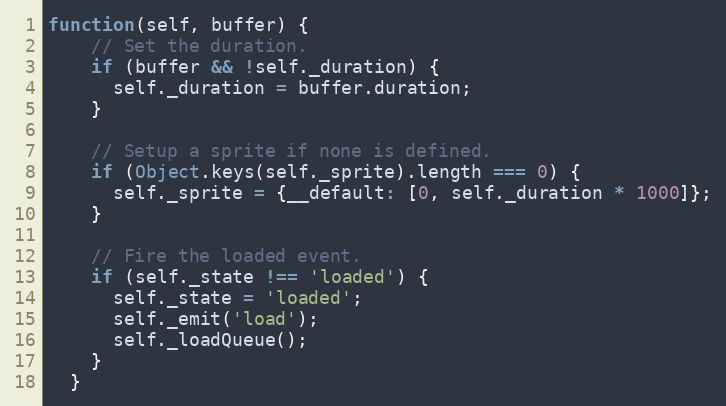
Language: JavaScript
function(self, buffer) {
    // Set the duration.
    if (buffer && !self._duration) {
      self._duration = buffer.duration;
    }

    // Setup a sprite if none is defined.
    if (Object.keys(self._sprite).length === 0) {
      self._sprite = {__default: [0, self._duration * 1000]};
    }

    // Fire the loaded event.
    if (self._state !== 'loaded') {
      self._state = 'loaded';
      self._emit('load');
      self._loadQueue();
    }
  }